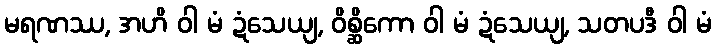
မရဏဿ, အဟိ ဝါ မံ ဍံသေယျ, ဝိစ္ဆိကော ဝါ မံ ဍံသေယျ, သတပဒီ ဝါ မံ